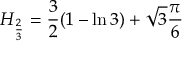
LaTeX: H _ { \frac { 2 } { 3 } } = { \frac { 3 } { 2 } } ( 1 - \ln { 3 } ) + { \sqrt { 3 } } { \frac { \pi } { 6 } }